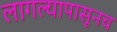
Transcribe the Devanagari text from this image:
लागल्यापासूनच